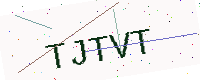
Text: TJTVT